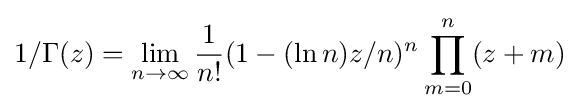
1/\Gamma (z)=\lim _{n\to \infty }{\frac {1}{n!}}(1-(\ln n)z/n)^{n}\prod _{m=0}^{n}(z+m)